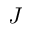
J